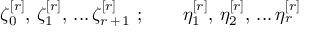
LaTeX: \zeta _ { 0 } ^ { [ r ] } , \, \zeta _ { 1 } ^ { [ r ] } , \, . . . \, \zeta _ { r \, + \, 1 } ^ { [ r ] } \, \, ; \qquad \eta _ { 1 } ^ { [ r ] } , \, \eta _ { 2 } ^ { [ r ] } , \, . . . \, \eta _ { r } ^ { [ r ] }